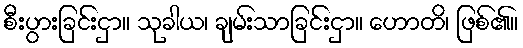
စီးပွားခြင်းငှာ။ သုခါယ၊ ချမ်းသာခြင်းငှာ။ ဟောတိ၊ ဖြစ်၏။